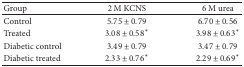
<table><thead><tr><td><b>Group</b></td><td><b>2 M KCNS</b></td><td><b>6 M urea</b></td></tr></thead><tbody><tr><td>Control</td><td>5.75 ± 0.79</td><td>6.70 ± 0.56</td></tr><tr><td>Treated</td><td>3.08 ± 0.58*</td><td>3.98 ± 0.63*</td></tr><tr><td>Diabetic control</td><td>3.49 ± 0.79</td><td>3.47 ± 0.79</td></tr><tr><td>Diabetic treated</td><td>2.33 ± 0.76*</td><td>2.29 ± 0.69*</td></tr></tbody></table>